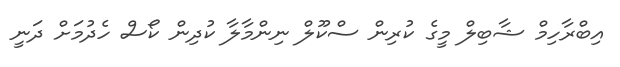
އިބްރާހިމް ޝާބިލް މީގެ ކުރިން ސްކޫލް ނިންމާލާ ކުދިން ކޯސް ހެދުމަށް ދަނީ